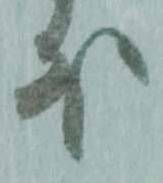
外